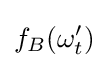
f_{B}(\omega _{t}')